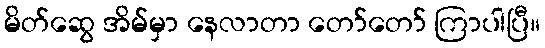
မိတ်ဆွေ အိမ်မှာ နေလာတာ တော်တော် ကြာပါပြီ။